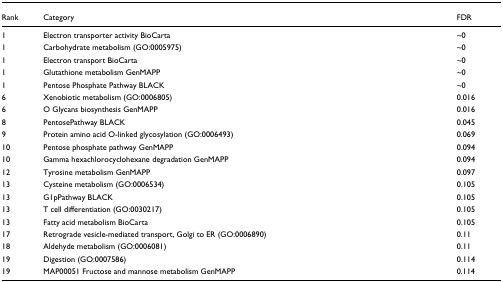
<table><thead><tr><td><b>Rank</b></td><td><b>Category</b></td><td><b>FDR</b></td></tr></thead><tbody><tr><td>1</td><td>Electron transporter activity BioCarta</td><td>~0</td></tr><tr><td>1</td><td>Carbohydrate metabolism (GO:0005975)</td><td>~0</td></tr><tr><td>1</td><td>Electron transport BioCarta</td><td>~0</td></tr><tr><td>1</td><td>Glutathione metabolism GenMAPP</td><td>~0</td></tr><tr><td>1</td><td>Pentose Phosphate Pathway BLACK</td><td>~0</td></tr><tr><td>6</td><td>Xenobiotic metabolism (GO:0006805)</td><td>0.016</td></tr><tr><td>6</td><td>O Glycans biosynthesis GenMAPP</td><td>0.016</td></tr><tr><td>8</td><td>PentosePathway BLACK</td><td>0.045</td></tr><tr><td>9</td><td>Protein amino acid O-linked glycosylation (GO:0006493)</td><td>0.069</td></tr><tr><td>10</td><td>Pentose phosphate pathway GenMAPP</td><td>0.094</td></tr><tr><td>10</td><td>Gamma hexachlorocyclohexane degradation GenMAPP</td><td>0.094</td></tr><tr><td>12</td><td>Tyrosine metabolism GenMAPP</td><td>0.097</td></tr><tr><td>13</td><td>Cysteine metabolism (GO:0006534)</td><td>0.105</td></tr><tr><td>13</td><td>G1pPathway BLACK</td><td>0.105</td></tr><tr><td>13</td><td>T cell differentiation (GO:0030217)</td><td>0.105</td></tr><tr><td>13</td><td>Fatty acid metabolism BioCarta</td><td>0.105</td></tr><tr><td>17</td><td>Retrograde vesicle-mediated transport, Golgi to ER (GO:0006890)</td><td>0.11</td></tr><tr><td>18</td><td>Aldehyde metabolism (GO:0006081)</td><td>0.11</td></tr><tr><td>19</td><td>Digestion (GO:0007586)</td><td>0.114</td></tr><tr><td>19</td><td>MAP00051 Fructose and mannose metabolism GenMAPP</td><td>0.114</td></tr></tbody></table>